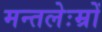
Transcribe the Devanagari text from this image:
मन्तलेःम्रों